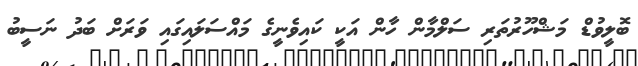
ބޮލީވުޑް މަޝްހޫރުތަރި ސަލްމާން ހާން އަކީ ކައިވެނީގެ މައްސަލައިގައި ވަރަށް ބަދު ނަސީބު